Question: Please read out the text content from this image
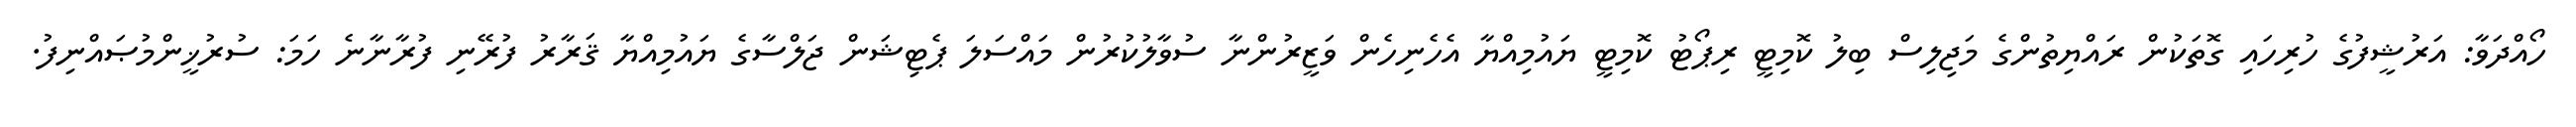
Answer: ހޯއްދަވާ: އަރުޝީފުގެ ހުރިހައި ގޮތަކުން ރައްޔިތުންގެ މަޖިލިސް ބިލު ކޮމިޓީ ރިޕޯޓު ކޮމިޓީ ޔައުމިއްޔާ އެހެނިހެން ވަޒީރުންނާ ސުވާލުކުރުން މައްސަލަ ޕެޓިޝަން ޖަލްސާގެ ޔައުމިއްޔާ ޤަރާރު ފުރޭނި ފުރާނާނެ ހަމަ: ސުރުޚީންމުޞައްނިފު.